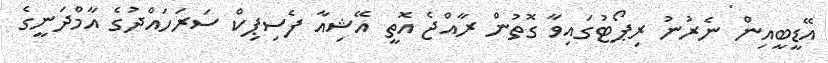
އޭޑީބީއިން ނެރުނު ރިޕޯޓުގައިވާ ގޮތުން ރާއްޖެ އޮތީ އޭޝިއާ ފެސިޕިކް ސަރަހައްދުގެ އާމްދަނީގެ